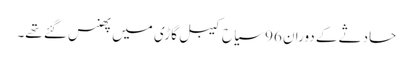
حادثے کے دوران 96 سیاح کیبل گاڑی میں پھنس گئے تھے۔